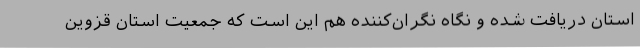
استان دریافت شده و نگاه نگران‌کننده هم این است که جمعیت استان قزوین